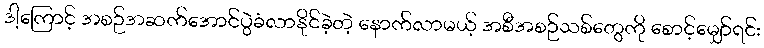
ဒါ့ကြောင့် အစဉ်အဆက်အောင်ပွဲခံလာနိုင်ခဲ့တဲ့ နောက်လာမယ့် အစီအစဉ်သစ်တွေကို စောင့်မျှော်ရင်း